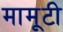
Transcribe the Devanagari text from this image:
मामूटी